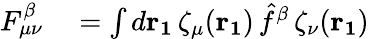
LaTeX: \begin{array}{rl}{F_{\mu\nu}^{\beta}}&{{}=\int d\mathbf{r_{1}}\, \zeta_{\mu}(\mathbf{r_{1}})\, \hat{f}^{\beta}\, \zeta_{\nu}(\mathbf{r_{1}})}\end{array}